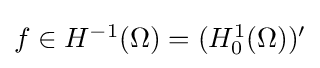
{\textstyle f\in H^{-1}(\Omega )=(H_{0}^{1}(\Omega ))'}